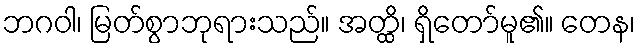
ဘဂဝါ၊ မြတ်စွာဘုရားသည်။ အတ္ထိ၊ ရှိတော်မူ၏။ တေန၊